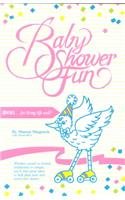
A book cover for Baby Shower Fun; Sharon Dlugosch; Crafts, Hobbies & Home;